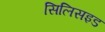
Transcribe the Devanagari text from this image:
सिलिसइड